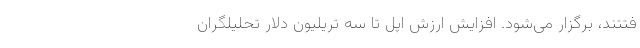
فتتند، برگزار می‌شود. افزایش ارزش اپل تا سه تریلیون دلار تحلیلگران